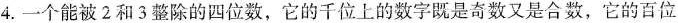
4.一个能被2和3整除的四位数，它的千位上的数字既是奇数又是合数，它的百位